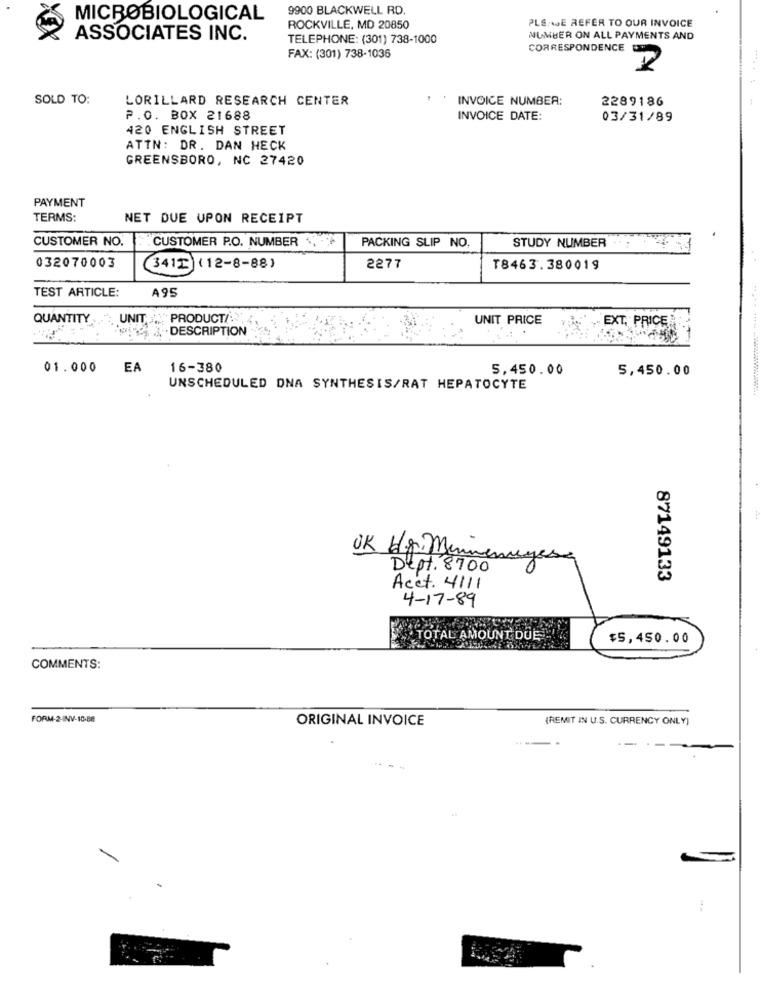
9900 BLACKWELL RD.
MICROBIOLOGICAL
PLEASE REFER TO OUR INVOICE
ROCKVILLE, MD 20850
ASSOCIATES INC.
TELEPHONE: (301) 738-1000
NUMBER ON ALL PAYMENTS AND
CORRESPONDENCE
FAX: (301) 738-1036
SOLD TO:
LORILLARD RESEARCH CENTER
INVOICE NUMBER:
2289186
P.O. BOX 21688
INVOICE DATE:
03/31/89
420 ENGLISH STREET
ATTN: DR. DAN HECK
GREENSBORO, NC 27420
PAYMENT
TERMS:
NET DUE UPON RECEIPT
CUSTOMER NO.
CUSTOMER P.O. NUMBER .
PACKING SLIP NO.
STUDY NUMBER
032070003
3412 (12-8-88)
2277
T8463.380019
TEST ARTICLE:
A95
QUANTITY
UNIT "PRODUCT/
UNIT PRICE
4. . DESCRIPTION
EXT, PRICE
01.000
EA
16-380
5,450.00
5,450.00
UNSCHEDULED DNA SYNTHESIS/RAT HEPATOCYTE
OK H8Min
Dept. 8700
87149133
Acct. 4111
4-17-89
TOTAL AMOUNT DUE -
$5,450.00
COMMENTS:
FORM-2-INV-10-88
ORIGINAL INVOICE
(REMIT IN U.S. CURRENCY ONLY)